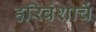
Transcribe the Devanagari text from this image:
हरिवंशाचें